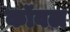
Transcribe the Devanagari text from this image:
कॉवल